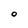
Character: O